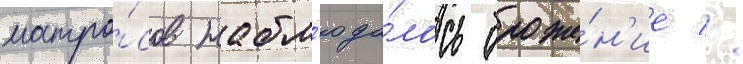
матро́сов набл'юда́лось броже́н'ие //